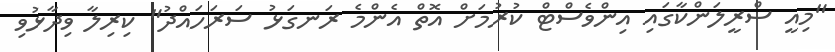
"މިއީ ސްރީލަންކާގައި އިންވެސްޓް ކުރުމަށް އޮތް އެންމެ ރަނގަޅު ސަރަހައްދު" ކިރިލާ ވިދާޅުވި